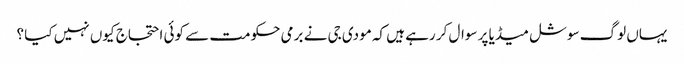
یہاں لوگ سوشل میڈیا پر سوال کر رہے ہیں کہ مودی جی نے برمی حکومت سے کوئی احتجاج کیوں نہیں کیا ؟